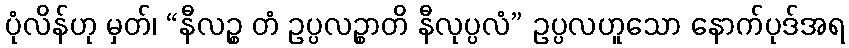
ပုံလိန်ဟု မှတ်၊ “နီလဉ္စ တံ ဥပ္ပလဉ္စာတိ နီလုပ္ပလံ” ဥပ္ပလဟူသော နောက်ပုဒ်အရ